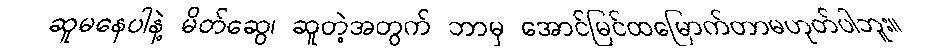
ဆူမနေပါနဲ့ မိတ်ဆွေ၊ ဆူတဲ့အတွက် ဘာမှ အောင်မြင်ထမြောက်တာမဟုတ်ပါဘူး။